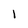
Character: 1